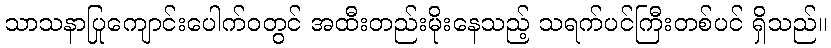
သာသနာပြုကျောင်းပေါက်ဝတွင် အထီးတည်းမိုးနေသည့် သရက်ပင်ကြီးတစ်ပင် ရှိသည်။